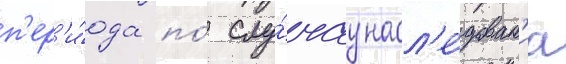
п'ер'и́ода по́ слу́чау насл'е́дован'иа